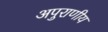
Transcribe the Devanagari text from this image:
अपुराणीय